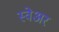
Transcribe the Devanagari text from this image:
स्वेअर